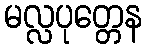
မလ္လပုတ္တေန